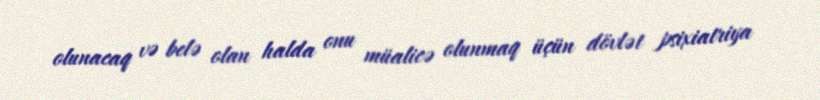
olunacaq və belə olan halda onu müalicə olunmaq üçün dövlət psixiatriya